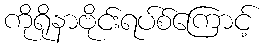
ကိုရိုနာဗိုင်းရပ်စ်ကြောင့်